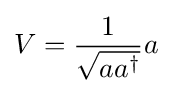
V={\frac {1}{\sqrt {aa^{\dagger }}}}a